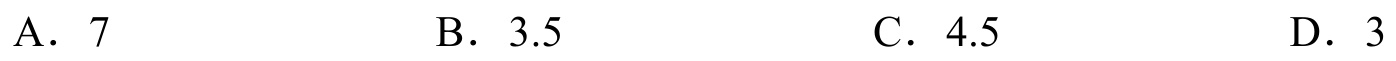
A. \(7\)
B. \(3.5\)
C. \(4.5\)
D. \(3\)